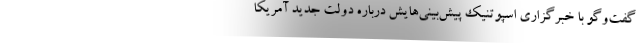
گفت‌وگو با خبرگزاری اسپوتنیک پیش‌بینی‌هایش درباره دولت جدید آمریکا